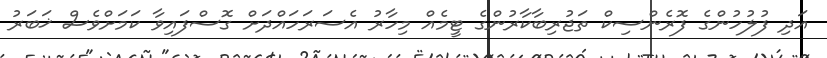
އަދި ފުލުހުންގެ ފޮރެންސިކް ތަޖުރިބާކާރުންގެ ޓީމެއް މިހާރު އެސަރަހައްދަށް ގޮސްފައިވާ ކަމަށްވެސް ޚަބަރު